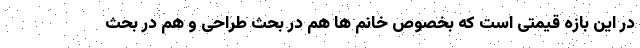
در این بازه قیمتی است که بخصوص خانم ها هم در بحث طراحی و هم در بحث